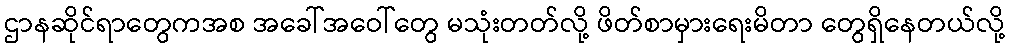
ဌာနဆိုင်ရာတွေကအစ အခေါ်အဝေါ်တွေ မသုံးတတ်လို့ ဖိတ်စာမှားရေးမိတာ တွေရှိနေတယ်လို့